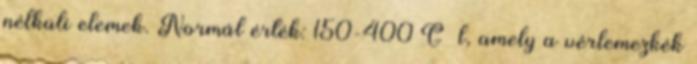
nélküli elemek. Normál érték: 150-400 G l, amely a vérlemezkék